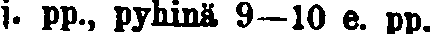
j. pp., pyhinä 9—10 e. pp.